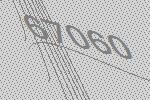
67060